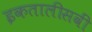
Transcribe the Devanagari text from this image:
इकतालीसवीं